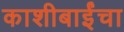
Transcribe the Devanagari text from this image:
काशीबाईंचा